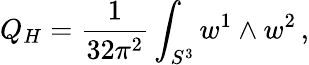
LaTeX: Q_{H}=\frac{1}{32\pi^{2}}\int_{S^{3}}w^{1}\wedge w^{2}\, ,